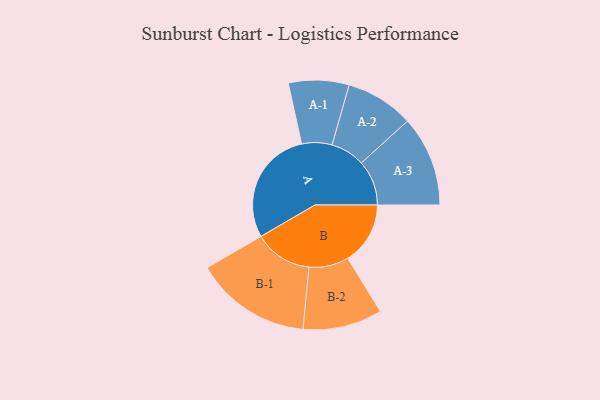
{"axis": {"x": "Segment", "y": "Value"}, "legend": ["", "A", "B"], "data": [{"x": "A", "y": 500, "type": ""}, {"x": "B", "y": 271, "type": ""}, {"x": "A-1", "y": 131, "type": "A"}, {"x": "A-2", "y": 148, "type": "A"}, {"x": "A-3", "y": 196, "type": "A"}, {"x": "B-1", "y": 252, "type": "B"}, {"x": "B-2", "y": 172, "type": "B"}]}